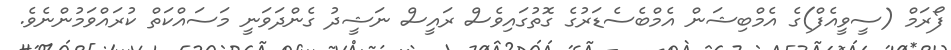
ފޯރަމް (ސީވީއެފް)ގެ އެމްބިޝަން އެމްބެސެޑަރުގެ ގޮތުގައިވެސް ރައީސް ނަޝީދު ގެންދަވަނީ މަސައްކަތް ކުރައްވަމުންނެވެ.